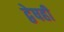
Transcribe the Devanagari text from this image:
द्वेषही